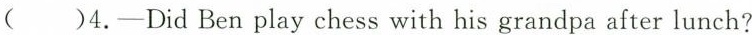
( )4.-Did Ben play chess with his grandpa after lunch?